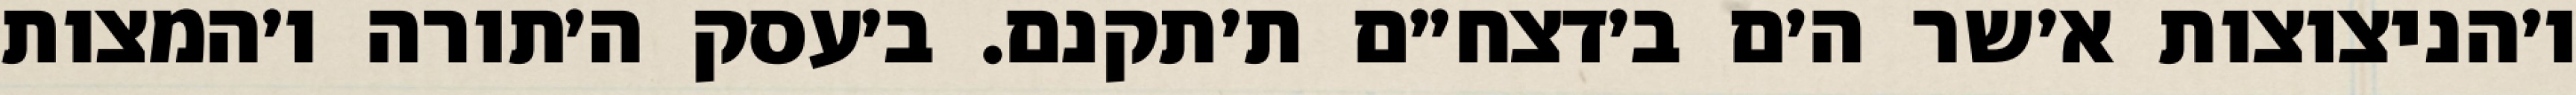
ו׳הניצוצות א׳שר ה׳ם ב׳דצח״ם ת׳תקנם. ב׳עסק ה׳תורה ו׳המצות